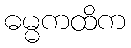
ဓမ္မကထိက